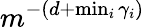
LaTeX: m^{-(d+\operatorname*{min}_{i}\gamma_{i})}